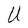
Character: U